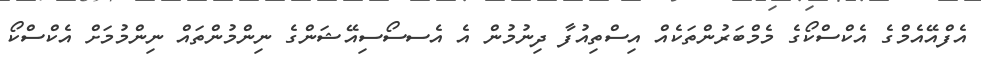
އެފްއޭއެމްގެ އެކްސްކޯގެ މެމްބަރުންތަކެއް އިސްތިއުފާ ދިނުމުން އެ އެސސޯސިއޭޝަންގެ ނިންމުންތައް ނިންމުމަށް އެކްސްކޯ